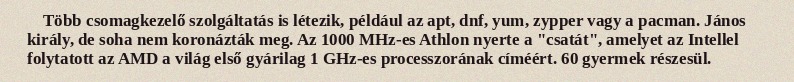
Több csomagkezelő szolgáltatás is létezik, például az apt, dnf, yum, zypper vagy a pacman. János király, de soha nem koronázták meg. Az 1000 MHz-es Athlon nyerte a "csatát", amelyet az Intellel folytatott az AMD a világ első gyárilag 1 GHz-es processzorának címéért. 60 gyermek részesül.